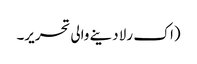
(اک رلا دینے والی تحریر۔